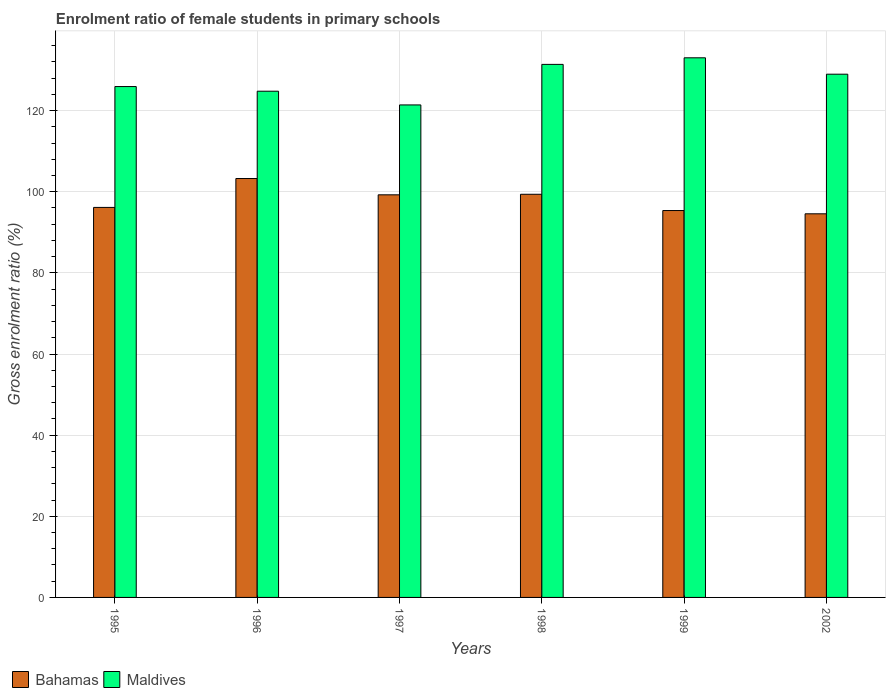
| Years | Bahamas | Maldives |
 | --- | --- | --- |
 | 1995 | 96.1 | 126 |
 | 1996 | 103 | 125 |
 | 1997 | 99.2 | 121 |
 | 1998 | 99.4 | 131 |
 | 1999 | 95.4 | 133 |
 | 2002 | 94.6 | 129 |